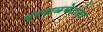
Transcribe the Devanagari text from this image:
प्रवाळबेटांना